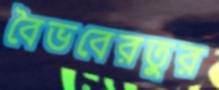
বৈভবেরতুর